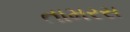
તામરસ